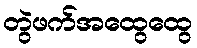
တွဲဖက်အထွေထွေ